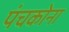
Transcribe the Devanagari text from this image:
पंचकोना